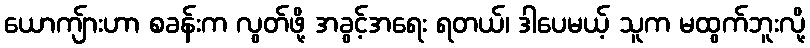
ယောကျ်ားဟာ စခန်းက လွတ်ဖို့ အခွင့်အရေး ရတယ်၊ ဒါပေမယ့် သူက မထွက်ဘူးလို့